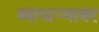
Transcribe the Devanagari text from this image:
व्यापाऱ्यावर